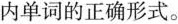
内单词的正确形式。